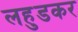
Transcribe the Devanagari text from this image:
लहुडकर